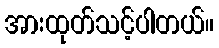
အားထုတ်သင့်ပါတယ်။